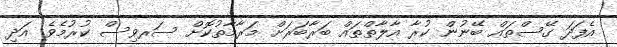
އެފަދަ ގޭސްތައް ބޭނުން ކުރާ އާލާތްތައް ބަރާބަރަށް މަރާމާތުކޮށް ސަރވިސް ކުރުމެވެ. އަދި